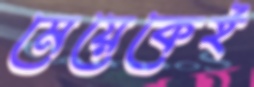
মেয়েকেই